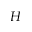
H